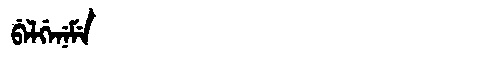
Manchu: ᠪᡝᠯᡤᡝᠨᡝᠮᡝ
Romanization: BELGENEME